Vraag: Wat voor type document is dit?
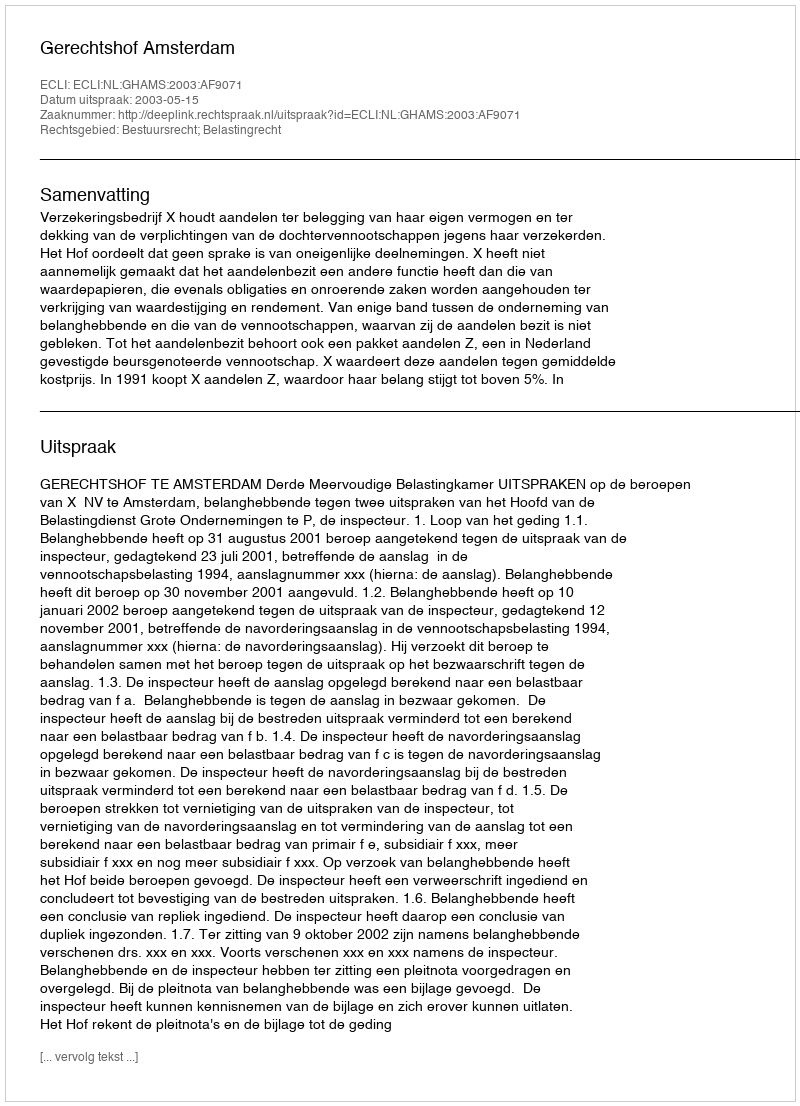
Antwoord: Uitspraak